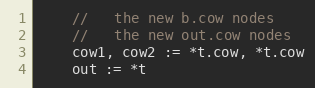
Language: Go
	//   the new b.cow nodes
	//   the new out.cow nodes
	cow1, cow2 := *t.cow, *t.cow
	out := *t